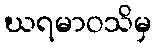
ဃရမာဝသိမှ